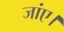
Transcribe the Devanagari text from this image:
जांए।